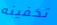
تخفينه